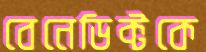
বেনেডিক্টকে